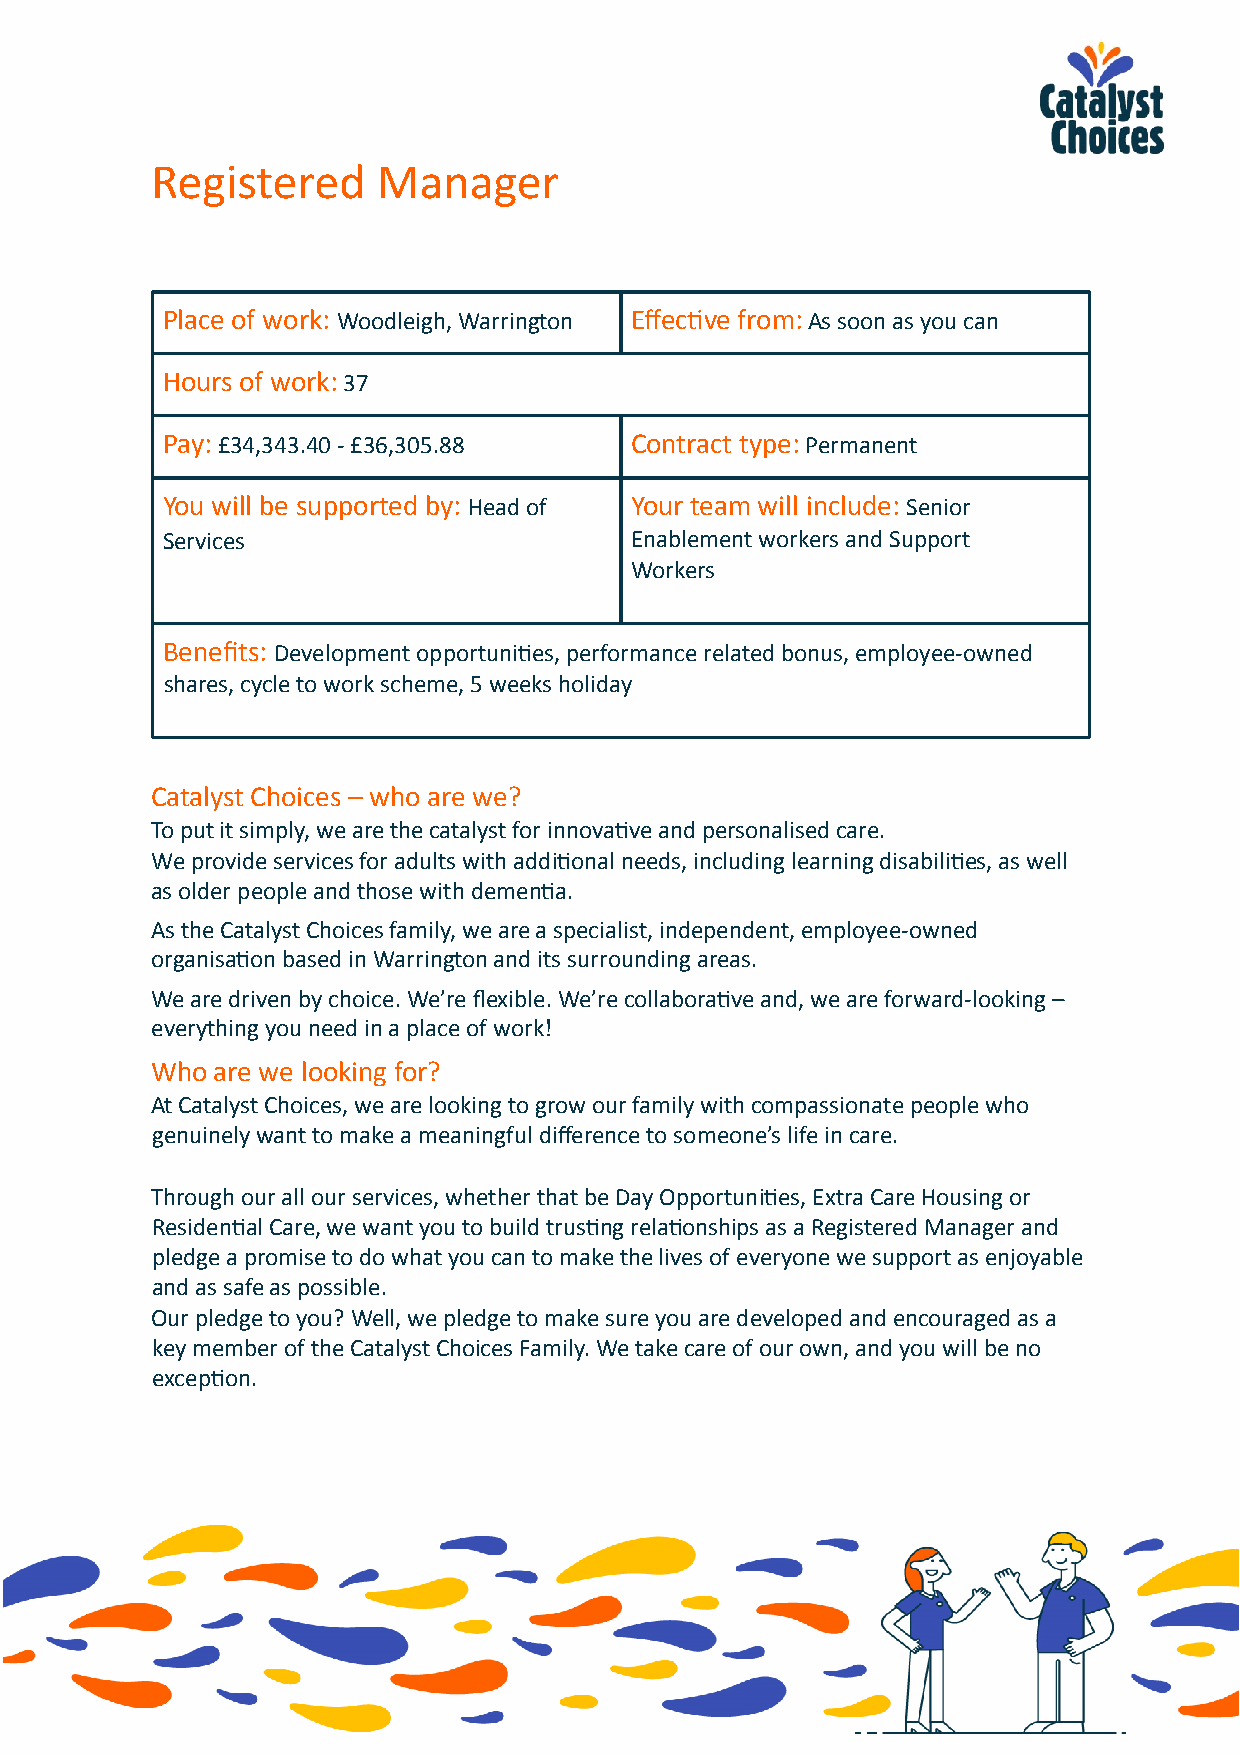
Registered     Manager
 Place of work: Woodleigh, Warrington Effec=ve from: As soon as you can
 Hours of work: 37
 Pay: £34,343.40 - £36,305.88   Contract type: Permanent
 You will be supported by: Head of Your team will include: Senior
 Services                       Enablement workers and Support
 Workers
 Benefits: Development opportuni=es, performance related bonus, employee-owned
 shares, cycle to work scheme, 5 weeks holiday
 Catalyst Choices – who are we?
 To put it simply, we are the catalyst for innova=ve and personalised care.
 We provide services for adults with addi=onal needs, including learning disabili=es, as well
 as older people and those with demen=a.
 As the Catalyst Choices family, we are a specialist, independent, employee-owned
 organisa=on based in Warrington and its surrounding areas.
 We are driven by choice. We’re flexible. We’re collabora=ve and, we are forward-looking –
 everything you need in a place of work!
 Who are we looking for?
 At Catalyst Choices, we are looking to grow our family with compassionate people who
 genuinely want to make a meaningful difference to someone’s life in care.
 Through our all our services, whether that be Day Opportuni=es, Extra Care Housing or
 Residen=al Care, we want you to build trus=ng rela=onships as a Registered Manager and
 pledge a promise to do what you can to make the lives of everyone we support as enjoyable
 and as safe as possible.
 Our pledge to you? Well, we pledge to make sure you are developed and encouraged as a
 key member of the Catalyst Choices Family. We take care of our own, and you will be no
 excep=on.